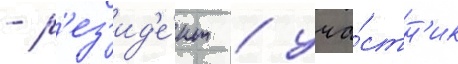
- р'ез'ид'е́нт / уча́стн'ик